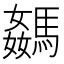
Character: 𩤦